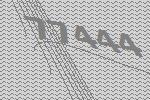
77444